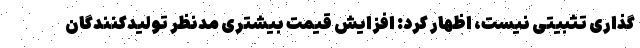
گذاری تثبیتی نیست، اظهار کرد: افزایش قیمت بیشتری مدنظر تولیدکنندگان